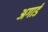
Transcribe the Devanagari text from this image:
अगार्ड